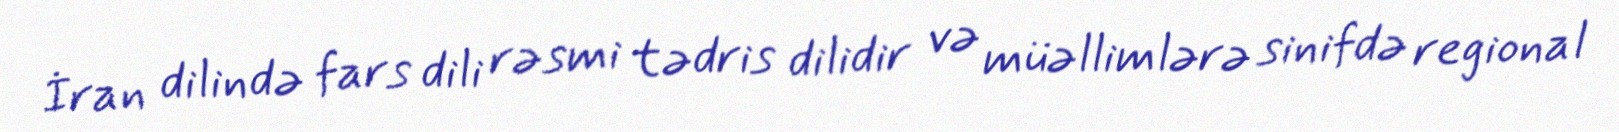
İran dilində fars dili rəsmi tədris dilidir və müəllimlərə sinifdə regional